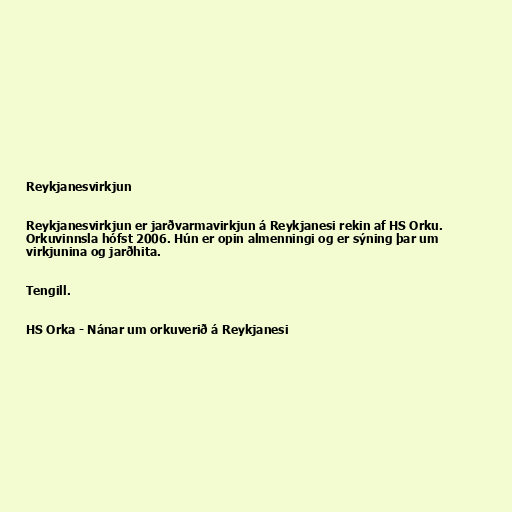
Reykjanesvirkjun

Reykjanesvirkjun er jarðvarmavirkjun á Reykjanesi rekin af HS Orku.
Orkuvinnsla hófst 2006. Hún er opin almenningi og er sýning þar um
virkjunina og jarðhita.

Tengill.

HS Orka - Nánar um orkuverið á Reykjanesi